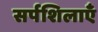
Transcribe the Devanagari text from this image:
सर्पशिलाएँ